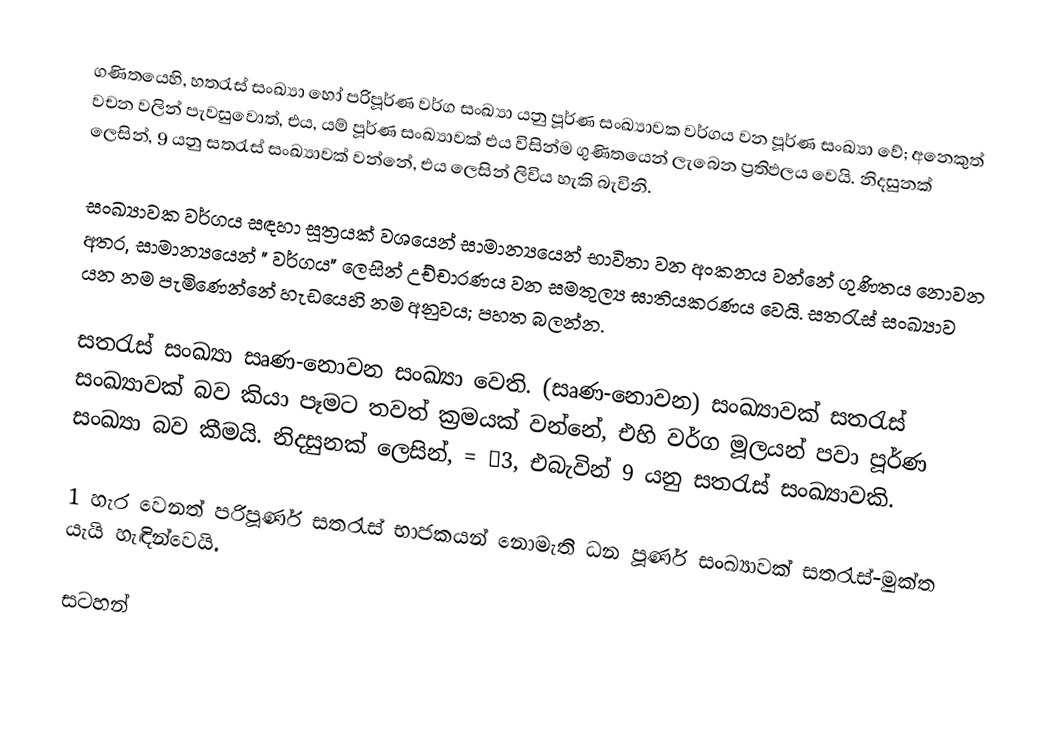
ගණිතයෙහි, හතරැස් සංඛ්‍යා හෝ පරිපූර්ණ වර්ග සංඛ්‍යා  යනු  පූර්ණ සංඛ්‍යාවක  වර්ගය වන පූර්ණ සංඛ්‍යා වේ; අනෙකුත් වචන වලින් පැවසුවොත්, එය, යම් පූර්ණ සංඛ්‍යාවක් එය විසින්ම ගුණිතයෙන් ලැබෙන ප්‍රතිඵලය වෙයි. නිදසුනක් ලෙසින්, 9 යනු සතරැස් සංඛ්‍යාවක් වන්නේ, එය  ලෙසින් ලිවිය හැකි බැවිනි.

 සංඛ්‍යාවක වර්ගය සඳහා සූත්‍රයක් වශයෙන් සාමාන්‍යයෙන් භාවිතා වන අංකනය වන්නේ ගුණිතය   නොවන අතර, සාමාන්‍යයෙන් " වර්ගය" ලෙසින් උච්චාරණය වන සමතුල්‍ය ඝාතියකරණය  වෙයි. සතරැස් සංඛ්‍යාව යන නම පැමිණෙන්නේ හැඩයෙහි නම අනුවය; පහත බලන්න.

සතරැස් සංඛ්‍යා  සෘණ-නොවන සංඛ්‍යා වෙති. (සෘණ-නොවන) සංඛ්‍යාවක් සතරැස් සංඛ්‍යාවක් බව කියා පෑමට තවත් ක්‍රමයක් වන්නේ, එහි  වර්ග මූලයන් පවා පූර්ණ සංඛ්‍යා බව කීමයි. නිදසුනක් ලෙසින්,  = ±3, එබැවින්  9 යනු සතරැස් සංඛ්‍යාවකි.

1 හැර වෙනත් පරිපූර්ණ  සතරැස් භාජකයන් නොමැති ධන පූර්ණ සංඛ්‍යාවක් සතරැස්-මුක්ත යැයි හැඳින්වෙයි.

සටහන්